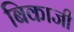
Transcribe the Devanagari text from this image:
बिकाजी